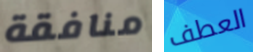
منافقة العطف